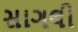
સાગલી